Report of the Municipal Commissioner on the plague in Bombay for the year ending 31st May... - Volume 1
Disease focus: Plague
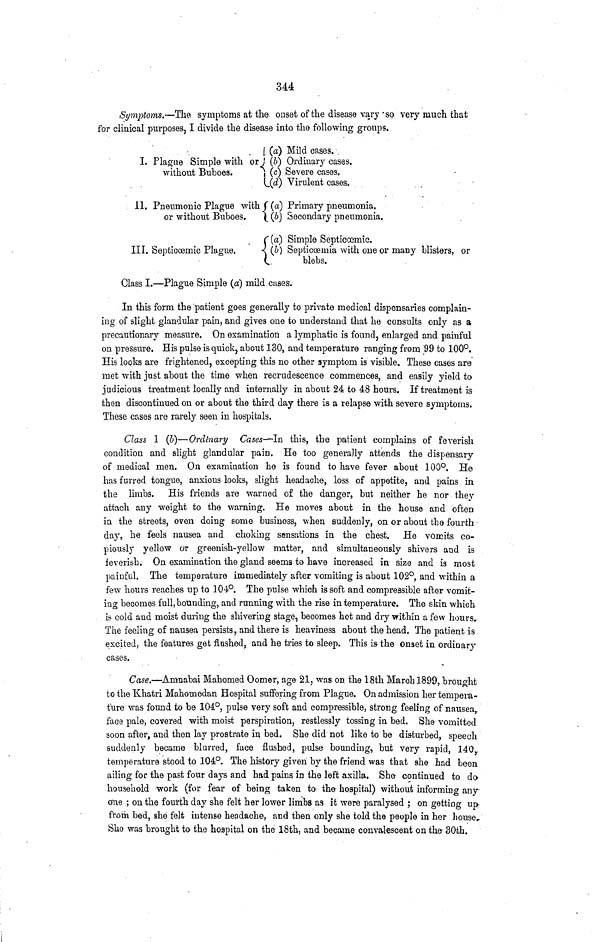
344
Symptoms.—The symptoms at the onset of the disease vary 'so very much that
for clinical purposes, I divide the disease into the following groups.
I. Plague Simple with or
without Buboes.
11. Pneumonic Plague with
or without Buboes.
III. Septicoemic Plague.
{
{
(b)
(c)
.(d)
(a)
. ( b)
'(a)
(b)
Mild cases.
Ordinary cases.
Severe cases.
Virulent cases.
Primary pneumonia.
Secondary pneumonia.
Simple Septicoemic.
Septicoemia with one or many blisters, or
blebs.
Glass I.—Plague Simple (a) mild cuses.
In this form the patient goes generally to private medical dispensaries complain-
ing of slight glandular pain, and gives one to understand that he consults only as a
precautionary measure. On examination a lymphatic is found, enlarged and painful
on pressure. His pulse is quick, about 130, and temperature ranging from 99 to 100°.
His looks are frightened, excepting this no other symptom is visible. These cases are
met with just about the time when recrudescence commences, and easily yield to
judicious treatment locally and internally in about 24 to 48 hours. If treatment is
then discontinued on or about the third day there is a relapse with severe symptoms.
These cases are rarely seen in hospitals.
Class 1 (b)—Ordinary Cases—In this, the patient complains of feverish
condition and slight glandular pain. He too generally attends the dispensary
of medical men. On examination he is found to have fever about 100°. He
has furred tongue, anxious looks, slight headache, loss of appetite, and pains in
the limbs. His friends are warned of the danger, but neither he nor they
attach any weight to the warning. He moves about in the house and often
in the streets, even doing some business, when suddenly, on or about the fourth
day, he feels nausea and choking sensations in the chest. He vomits co-
piously yellow or greenish-yellow matter, and simultaneously shivers and is
feverish. On examination the gland seems to have increased in size and is most
painful. The temperature immediately after vomiting is about 102°, and within a
few hours reaches up to 104·°. The pulse which is soft and compressible after vomit-
ing becomes full, bounding, and running with the rise in temperature. The skin which
is cold and moist during the shivering stage, becomes hot and dry within a few hours»
The feeling of nausea persists, and there is heaviness about the head. The patient is
excited, the features get flashed, and he tries to sleep. This is the onset in ordinary
eases.
Case.—Amuabai Mahomed Oomer, age 21, was on the 18th March 1899, brought
to the Khatri Mahoinedan Hospital suffering from Plague. On admission her tempera-
ture was found io be 101°, pulse very soft and compressible, strong feeling of nausea,
face pale, covered with moist perspiration, restlessly tossing in bed. She vomitted
soon after, and then lay prostrate in bed. She did not like to be dis-turbed, speech
suddenly became blurred, face flushed, pulse bounding, but very rapid, 140 r
temperature stood to 104°. The history given by the friend was that she had been
ailing foe the past four days and had pains in the left axilla. She continued to do
household work (for fear of being taken to the hospital) without informing any
one ; on the fourth day she felt her lower limbs as it were paralysed ; on getting up
from bed, she felt intense headache, and then only she told the people in her house.
She was brought to the hospital on the 18th, and became convalescent on the 30th.